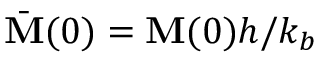
\bar { \mathbf M } ( 0 ) = \mathbf M ( 0 ) h / k _ { b }